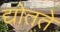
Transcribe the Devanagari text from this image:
द्योतते